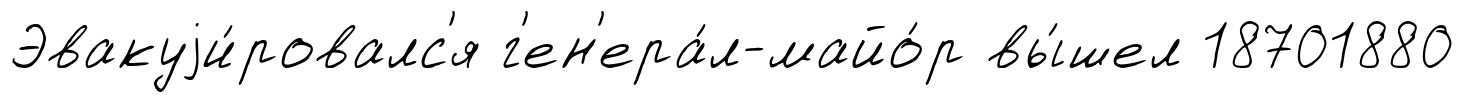
Эвакуjи́ровалс'я г'ен'ера́л-майо́р вы́шел 18701880